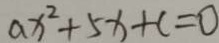
a x ^ { 2 } + 5 x + c = 0